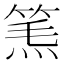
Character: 𥮿